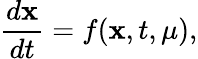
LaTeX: \frac{d{\mathbf{x}}}{dt}=f({\mathbf{x}},t,\mu),